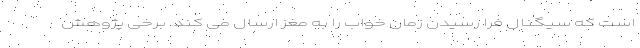
است که سیگنال فرا رسیدن زمان خواب را به مغز ارسال می کند. برخی پژوهش